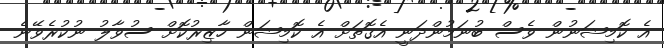
އެ ކޮމިޝަނުން ވެސް ބުނަމުންދަނީ އެގޮތަށް އެ ކޮމިޝަން ހާޒިރުކޮށް ސުވާލު ނުކުރެވޭނެ